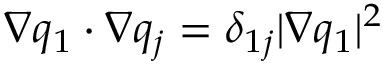
\nabla q _ { 1 } \cdot \nabla q _ { j } = \delta _ { 1 j } | \nabla q _ { 1 } | ^ { 2 }